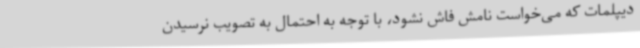
دیپلمات که می‌خواست نامش فاش نشود، با توجه به احتمال به تصویب نرسیدن